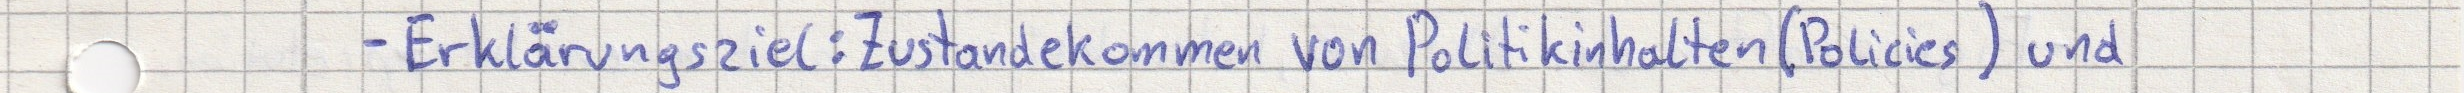
- Erklärungsziel: Zustandekommen von Politikinhalten (Policies) und